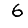
Digit: 6